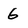
Character: 6